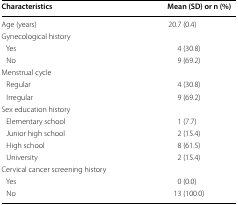
| Characteristics | Mean (SD) or n (%) |
 | --- | --- |
 | Age (years) | 20.7 (0.4) |
 | <COLSPAN=2> Gynecological history |
 | Yes | 4 (30.8) |
 | No | 9 (69.2) |
 | <COLSPAN=2> Menstrual cycle |
 | Regular | 4 (30.8) |
 | Irregular | 9 (69.2) |
 | <COLSPAN=2> Sex education history |
 | Elementary school | 1 (7.7) |
 | Junior high school | 2 (15.4) |
 | High school | 8 (61.5) |
 | University | 2 (15.4) |
 | <COLSPAN=2> Cervical cancer screening history |
 | Yes | 0 (0.0) |
 | No | 13 (100.0) |